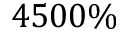
4 5 0 0 \%